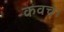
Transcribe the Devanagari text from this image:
कवच।